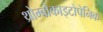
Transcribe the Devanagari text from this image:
थ्रोम्बोकाइटोपेनिक